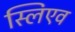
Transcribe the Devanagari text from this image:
स्लिएव